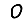
Digit: 0